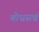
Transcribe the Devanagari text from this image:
बोधस्त्वं